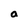
Character: a